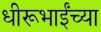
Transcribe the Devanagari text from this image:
धीरूभाईंच्या